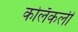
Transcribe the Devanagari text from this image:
कोलॅकली